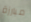
مبارزة